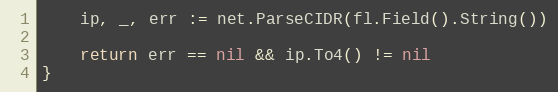
Language: Go
	ip, _, err := net.ParseCIDR(fl.Field().String())

	return err == nil && ip.To4() != nil
}